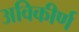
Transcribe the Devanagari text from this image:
अविकीर्ण